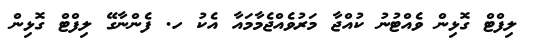
ލިފްޓް ގޮޅިން ވެއްޓުނު ކުއްޖާ މަރުވެއްޖެމާމައާ އެކު ހ. ފެންނާގޭ ލިފްޓް ގޮޅިން